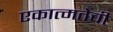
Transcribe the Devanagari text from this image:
एकात्मतेची